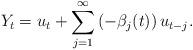
LaTeX: \begin{align*}Y_{t}=u_{t}+\sum_{j=1}^{\infty }\left( -\beta _{j}(t)\right) u_{t-j}. \end{align*}